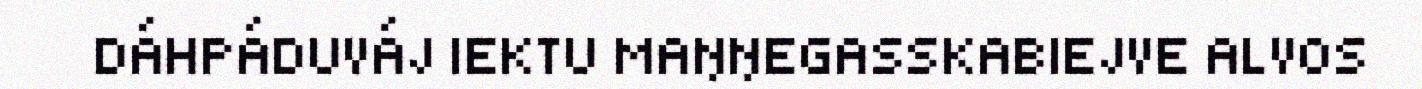
DÁHPÁDUVÁJ IEKTU MAŊŊEGASSKABIEJVE ALVOS